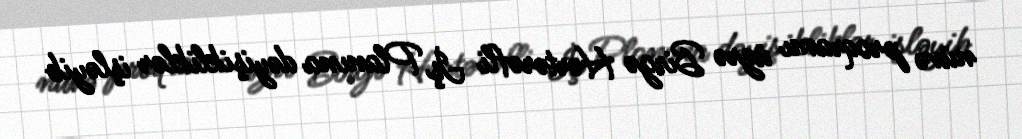
nüvə proqramı üzrə Birgə Hərtərəfli İş Planına dəyişikliklər işləyib